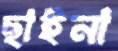
ছাইনা